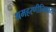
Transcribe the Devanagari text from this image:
श्रमहरणीनिवास